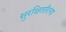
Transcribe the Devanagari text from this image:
सुरक्षितरित्या